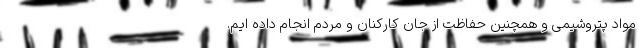
مواد پتروشیمی و همچنین حفاظت از جان کارکنان و مردم انجام داده ایم.